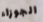
الجوزاء